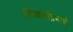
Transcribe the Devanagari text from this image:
निष्कर्षाप्रमाणे